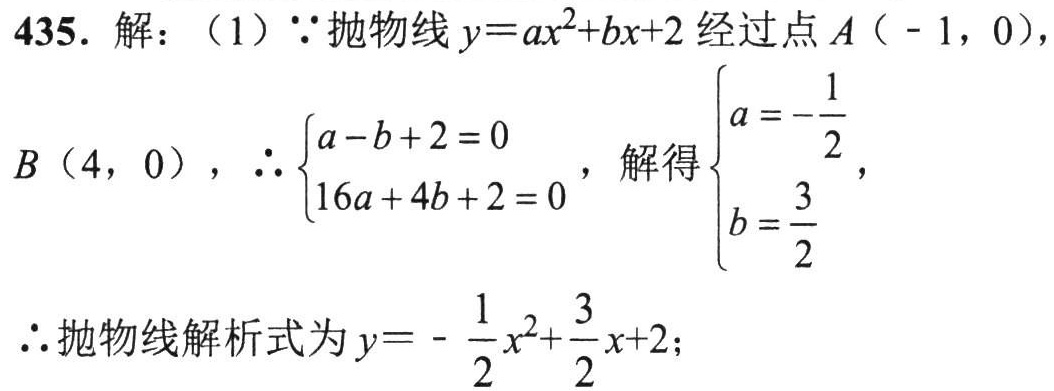
435. 解：（1）$\because$抛物线$y = ax^{2}+bx + 2$经过点$A(-1,0)$，
$B(4,0)$，$\therefore\begin{cases}a - b + 2 = 0\\16a + 4b + 2 = 0\end{cases}$，解得$\begin{cases}a = -\dfrac{1}{2}\\b = \dfrac{3}{2}\end{cases}$，
$\therefore$抛物线解析式为$y = -\dfrac{1}{2}x^{2}+\dfrac{3}{2}x + 2$；